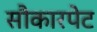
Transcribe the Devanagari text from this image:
सौकारपेट